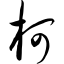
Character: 柯